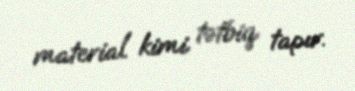
material kimi tətbiq tapır.